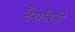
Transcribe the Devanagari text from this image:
टैराबिनी